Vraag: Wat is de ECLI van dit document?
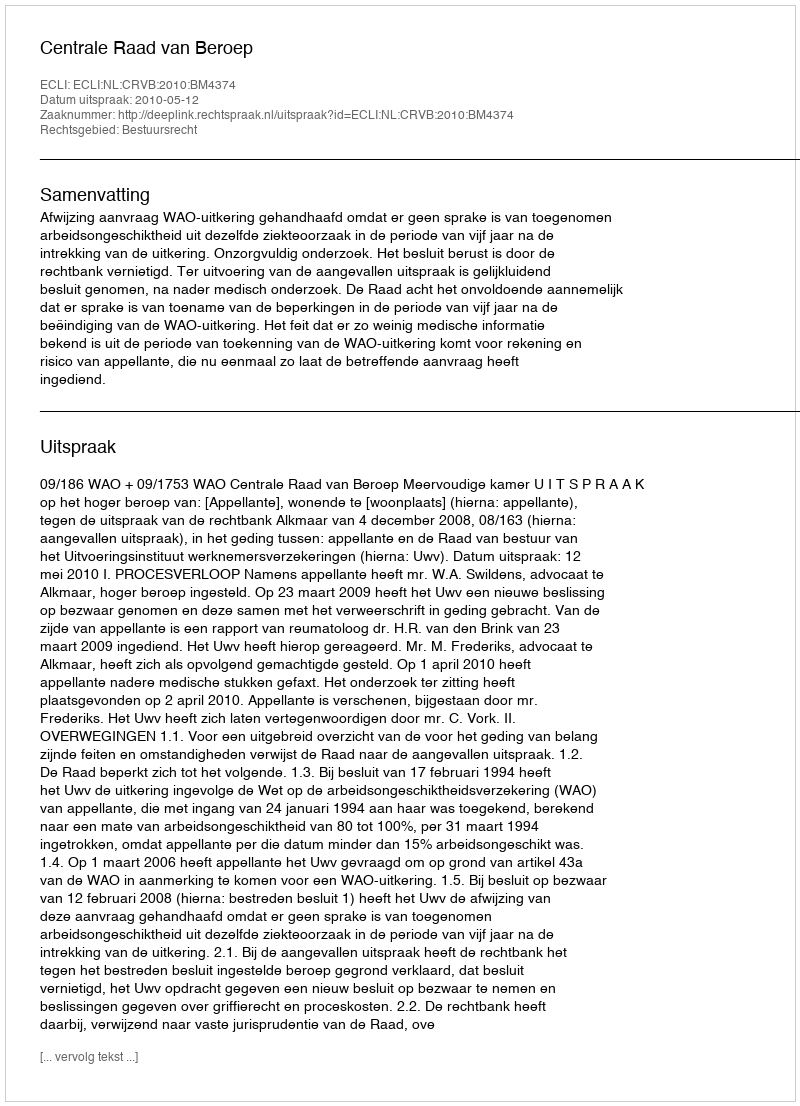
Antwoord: ECLI:NL:CRVB:2010:BM4374